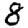
Digit: 8